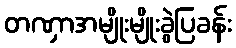
တဏှာအမျိုးမျိုးခွဲပြခန်း